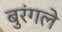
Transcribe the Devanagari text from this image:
बुरंगले